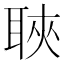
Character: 聗